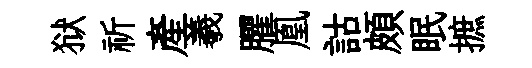
狱祈産羲臞凰詁頗眠摭